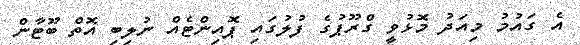
އެ ގައުމު މިއަދު މޮޅުވީ ގްރޫޕުގެ ފުލުގައި ޕޮއިންޓެއް ނުލިބި އޮތް ބޫޓާން